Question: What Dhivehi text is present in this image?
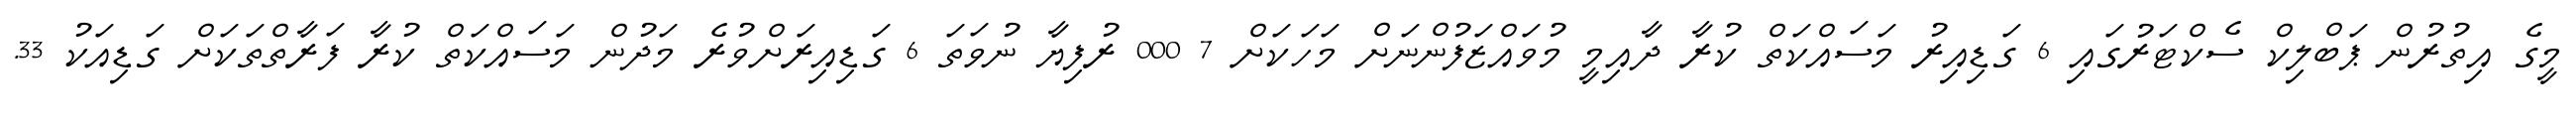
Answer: މީގެ އިތުރުން ޕަބްލިކް ސެކްޓަރުގައި 6 ގަޑިއިރު މަސައްކަތް ކުރާ ދާއިމީ މުވައްޒަފުންނަށް މަހަކަށް 7 000 ރުފިޔާ ނުވަތަ 6 ގަޑިއިރަށްވުރެ މަދުން މަސައްކަތް ކުރާ ފަރާތްތަކަށް ގަޑިއަކު 33.